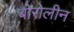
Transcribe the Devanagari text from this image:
बोरोलीन